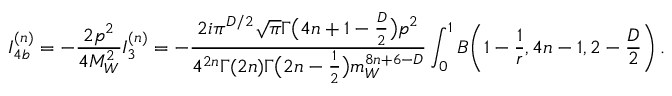
I _ { 4 b } ^ { ( n ) } = - \frac { 2 p ^ { 2 } } { 4 M _ { W } ^ { 2 } } I _ { 3 } ^ { ( n ) } = - \frac { 2 i \pi ^ { D / 2 } \sqrt { \pi } \Gamma \big ( 4 n + 1 - \frac { D } { 2 } \big ) p ^ { 2 } } { 4 ^ { 2 n } \Gamma ( 2 n ) \Gamma \big ( 2 n - \frac { 1 } { 2 } \big ) m _ { W } ^ { 8 n + 6 - D } } \int _ { 0 } ^ { 1 } B \bigg ( 1 - \frac { 1 } { r } , 4 n - 1 , 2 - \frac { D } { 2 } \bigg ) \, .